Annual statistical returns and brief notes on vaccination in Bengal - 1896-1909
Year: 1896
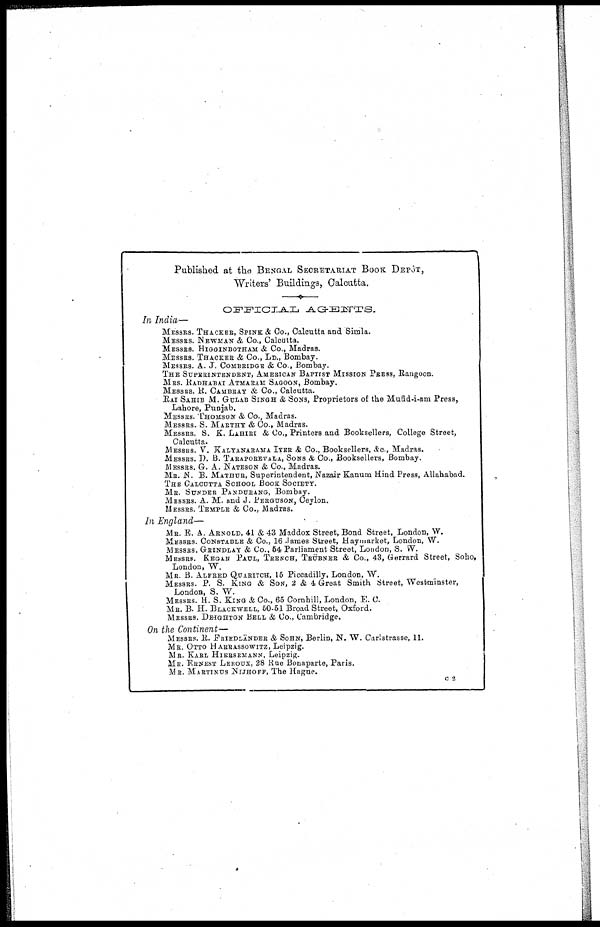
Published at the BENGAL SECRETARIAT BOOK DEPÔT,
Writers' Buildings, Calcutta.
OFFICIAL
AGENTS.
In India—
MESSRS. THACKER, SPINK & Co., Calcutta and Simla.
MESSRS. NEWMAN & Co., Calcutta.
MESSRS. HIGGINBOTHAM & Co., Madras.
MESSRS. THACKER & Co., LD., Bombay.
MESSRS. A. J. COMBRIDGE & Co., Bombay.
THE SUPERINTENDENT, AMERICAN BAPTIST MISSION PRESS, Rangoon.
MRS. RADHABAI ATMARAM SAGOON, Bombay.
MESSRS. R. CAMBRAY & Co., Calcutta.
RAI SAHIB M. GULAB SINGH & SONS, Proprietors of the Mufid-i-am Press,
Lahore, Punjab.
MESSRS. THOMSON & Co., Madras.
MESSRS. S. MARTHY & Co., Madras.
MESSRS. S. K. LAHIRI & Co., Printers and Booksellers, College Street,
Calcutta.
MESSRS. V. KALYANARAMA IYER & Co., Booksellers, &c., Madras.
MESSRS. D. B. TARAPOREVALA, SONS & Co., Booksellers, Bombay.
MESSRS. G. A. NATESON & Co., Madras.
MR. N. B. MATHUR, Superintendent, Nazair Kanum Hind Press, Allahabad.
THE CALCUTTA SCHOOL BOOK SOCIETY.
MR. SUNDER PANDURANG, Bombay.
MESSRS. A. M. and J. PERGUSON, Ceylon.
MESSRS. TEMPLE & Co., Madras.
In England—
MR. E. A. ARNOLD, 41 & 43 Maddox Street, Bond Street, London, W.
MESSRS. CONSTABLE & Co., 16 James Street, Haymarket, London, W.
MESSRS. GRINDLAY & Co., 54 Parliament Street, London, S. W.
MESSRS. KEGAN PAUL, TRENCH, TRÜBNER & Co., 43, Gerrard Street, Soho,
London, W.
MR. B. ALFRED QUARITCH, 15 Piccadilly, London, W.
MESSRS. P. S. KING & SON, 2 & 4 Great Smith Street, Westminster,
London, S. W.
MESSRS. H. S. KING & Co., 65 Cornhill, London, E. C.
MR. B. H. BLACKWELL, 50-51 Broad Street, Oxford.
MESSRS. DEIGHTON BELL & Co., Cambridge.
On the Continent—
MESSRS. R. FRIEDLÄNDER & SOHN, Berlin, N. W. Carlstrasse, 11.
MR. OTTO HARRASSOWITZ, Leipzig.
MR. KARL HIERSEMANN, Leipzig.
MR. ERNEST LEROUX, 28 Rue Bonaparte, Paris.
MR. MARTINUS NIJHOFF, The Hague.
c 2